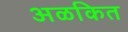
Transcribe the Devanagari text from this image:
अळकित